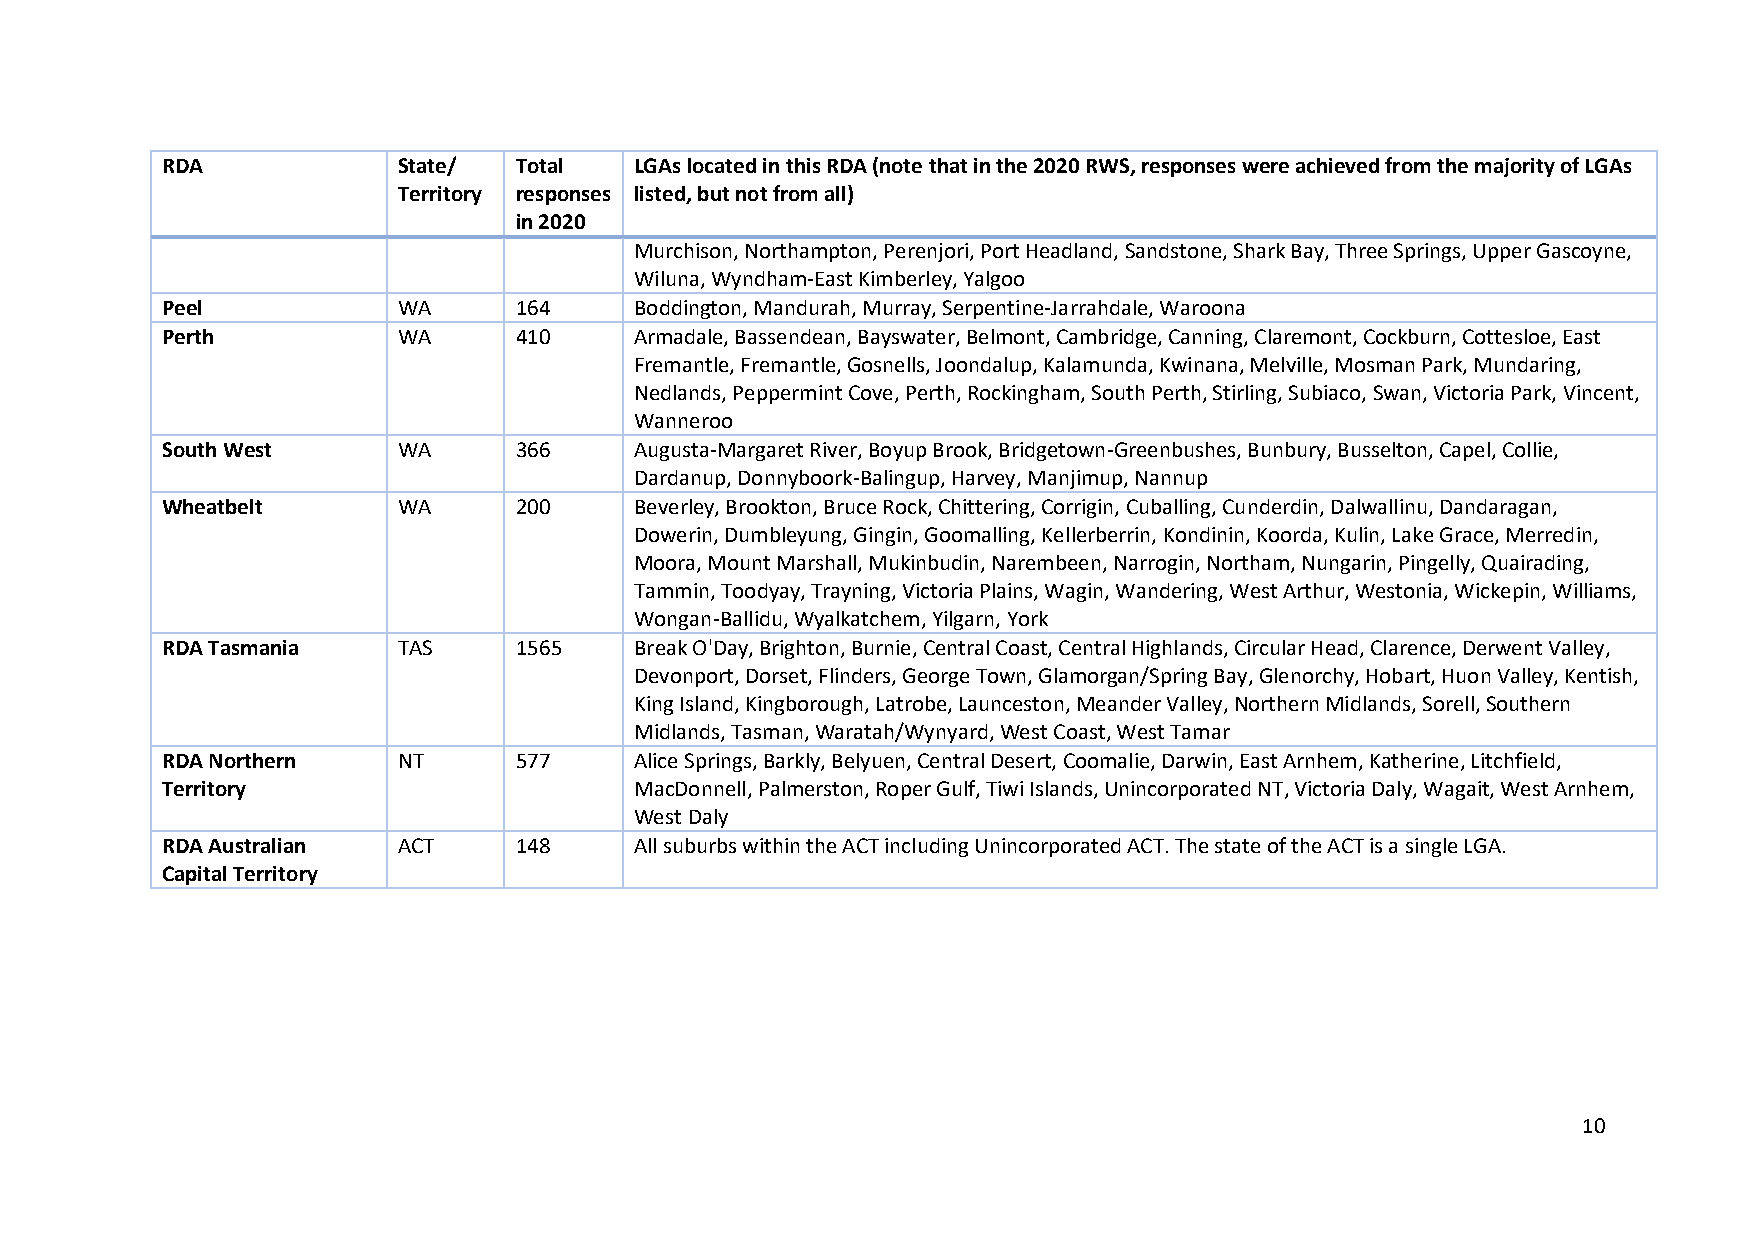
RDA            State/  Total   LGAs located in this RDA (note that in the 2020 RWS, responses were achieved from the majority of LGAs
 Territory responses listed, but not from all)
 in 2020
 Murchison, Northampton, Perenjori, Port Headland, Sandstone, Shark Bay, Three Springs, Upper Gascoyne,
 Wiluna, Wyndham-East Kimberley, Yalgoo
 Peel           WA      164     Boddington, Mandurah, Murray, Serpentine-Jarrahdale, Waroona
 Perth          WA      410     Armadale, Bassendean, Bayswater, Belmont, Cambridge, Canning, Claremont, Cockburn, Cottesloe, East
 Fremantle, Fremantle, Gosnells, Joondalup, Kalamunda, Kwinana, Melville, Mosman Park, Mundaring,
 Nedlands, Peppermint Cove, Perth, Rockingham, South Perth, Stirling, Subiaco, Swan, Victoria Park, Vincent,
 Wanneroo
 South West     WA      366     Augusta-Margaret River, Boyup Brook, Bridgetown-Greenbushes, Bunbury, Busselton, Capel, Collie,
 Dardanup, Donnyboork-Balingup, Harvey, Manjimup, Nannup
 Wheatbelt      WA      200     Beverley, Brookton, Bruce Rock, Chittering, Corrigin, Cuballing, Cunderdin, Dalwallinu, Dandaragan,
 Dowerin, Dumbleyung, Gingin, Goomalling, Kellerberrin, Kondinin, Koorda, Kulin, Lake Grace, Merredin,
 Moora, Mount Marshall, Mukinbudin, Narembeen, Narrogin, Northam, Nungarin, Pingelly, Quairading,
 Tammin, Toodyay, Trayning, Victoria Plains, Wagin, Wandering, West Arthur, Westonia, Wickepin, Williams,
 Wongan-Ballidu, Wyalkatchem, Yilgarn, York
 RDA Tasmania   TAS     1565    Break O'Day, Brighton, Burnie, Central Coast, Central Highlands, Circular Head, Clarence, Derwent Valley,
 Devonport, Dorset, Flinders, George Town, Glamorgan/Spring Bay, Glenorchy, Hobart, Huon Valley, Kentish,
 King Island, Kingborough, Latrobe, Launceston, Meander Valley, Northern Midlands, Sorell, Southern
 Midlands, Tasman, Waratah/Wynyard, West Coast, West Tamar
 RDA Northern   NT      577     Alice Springs, Barkly, Belyuen, Central Desert, Coomalie, Darwin, East Arnhem, Katherine, Litchfield,
 Territory                      MacDonnell, Palmerston, Roper Gulf, Tiwi Islands, Unincorporated NT, Victoria Daly, Wagait, West Arnhem,
 West Daly
 RDA Australian ACT     148     All suburbs within the ACT including Unincorporated ACT. The state of the ACT is a single LGA.
 Capital Territory
 10